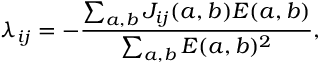
\lambda _ { i j } = - \frac { \sum _ { a , b } J _ { i j } ( a , b ) E ( a , b ) } { \sum _ { a , b } E ( a , b ) ^ { 2 } } ,